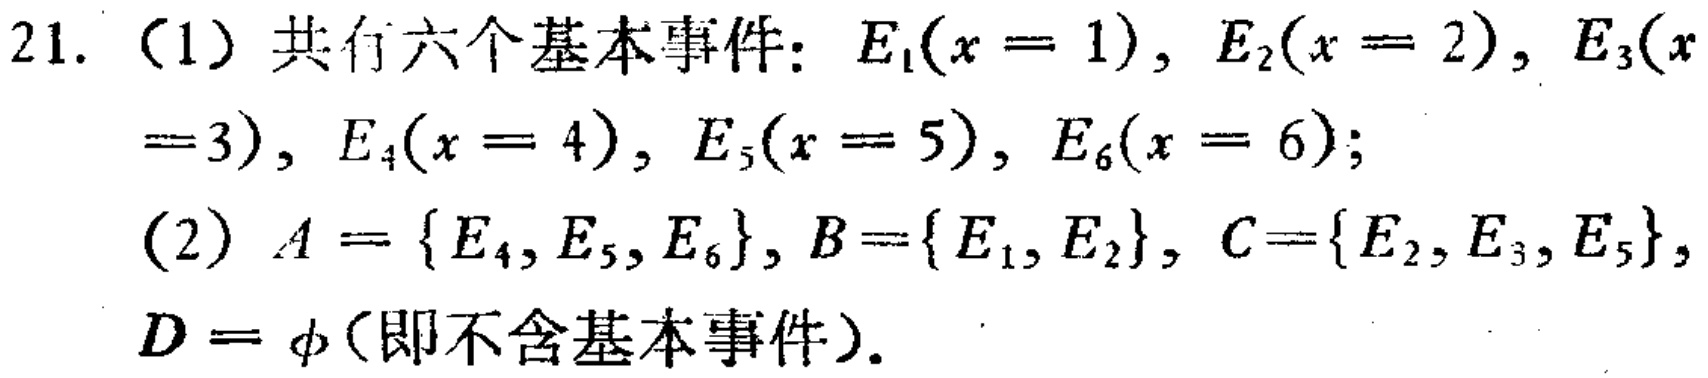
21. （1）共有六个基本事件：\(E_1(x = 1)\)，\(E_2(x = 2)\)，\(E_3(x = 3)\)，\(E_4(x = 4)\)，\(E_5(x = 5)\)，\(E_6(x = 6)\)；
（2）\(A = \{E_4, E_5, E_6\}\)，\(B=\{E_1, E_2\}\)，\(C = \{E_2, E_3, E_5\}\)，\(D = \varnothing\)（即不含基本事件）.